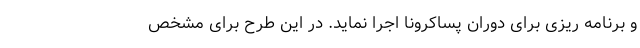
و برنامه ریزی برای دوران پساکرونا اجرا نماید. در این طرح برای مشخص